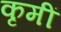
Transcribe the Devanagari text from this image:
कृमीं